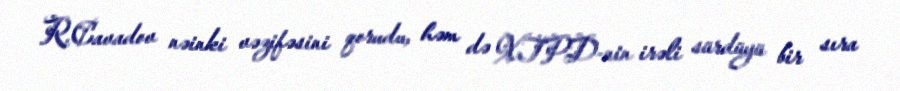
R.Cavadov nəinki vəzifəsini qorudu, həm də XTPD-nin irəli sürdüyü bir sıra